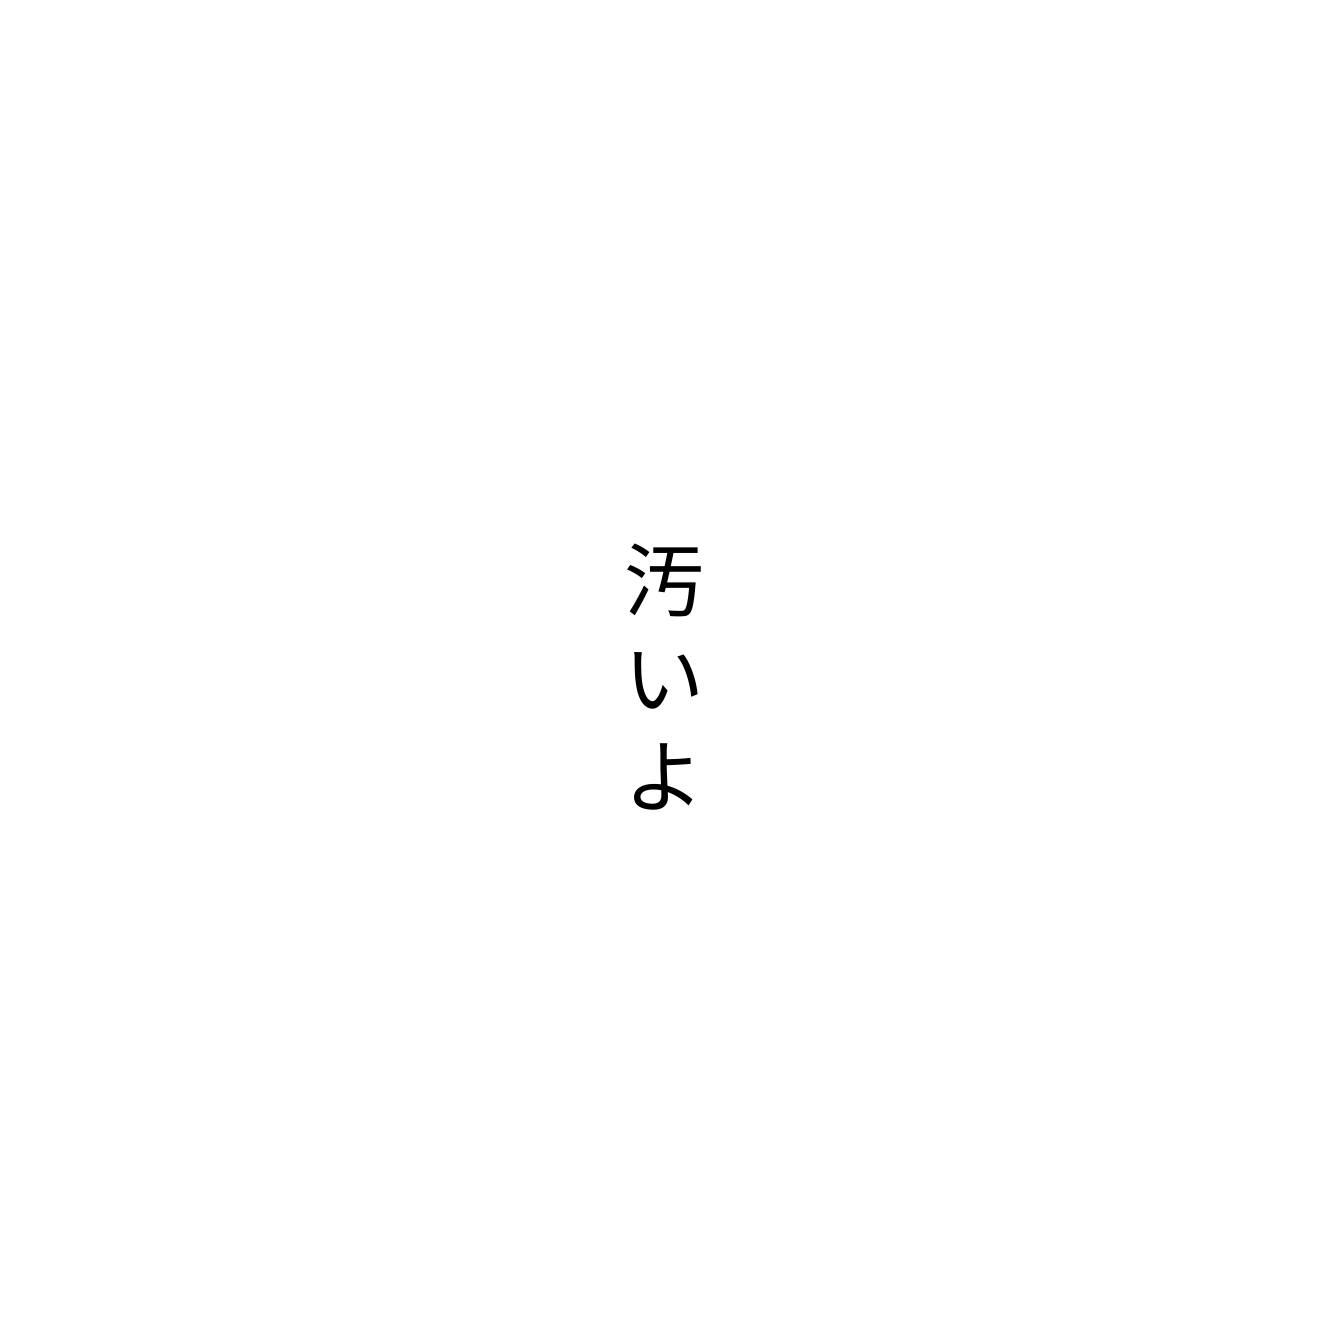
汚いよ